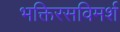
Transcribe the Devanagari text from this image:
भक्तिरसविमर्श